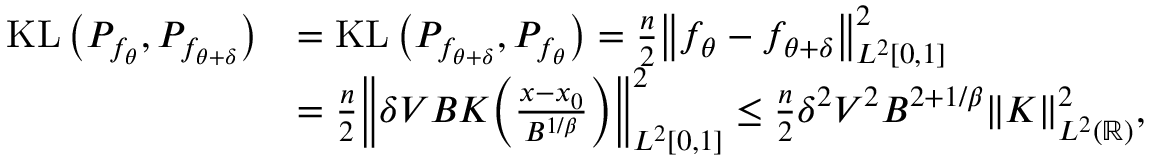
\begin{array} { r l } { \operatorname { K L } \big ( P _ { f _ { \theta } } , P _ { f _ { \theta + \delta } } \big ) } & { = \operatorname { K L } \big ( P _ { f _ { \theta + \delta } } , P _ { f _ { \theta } } \big ) = \frac n 2 \big \| f _ { \theta } - f _ { \theta + \delta } \big \| _ { L ^ { 2 } [ 0 , 1 ] } ^ { 2 } } \\ & { = \frac n 2 \Big \| \delta V B K \Big ( \frac { x - x _ { 0 } } { B ^ { 1 / \beta } } \Big ) \Big \| _ { L ^ { 2 } [ 0 , 1 ] } ^ { 2 } \leq \frac { n } { 2 } \delta ^ { 2 } V ^ { 2 } B ^ { 2 + 1 / \beta } \| K \| _ { L ^ { 2 } ( { \mathbb R } ) } ^ { 2 } , } \end{array}